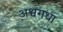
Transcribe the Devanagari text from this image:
अश्वगधा